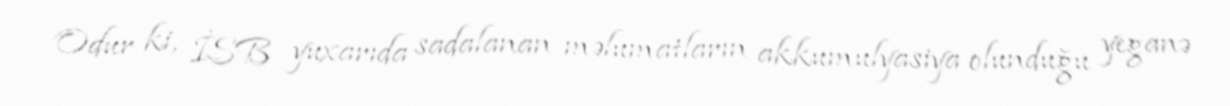
Odur ki, İSB yuxarıda sadalanan məlumatların akkumulyasiya olunduğu yeganə